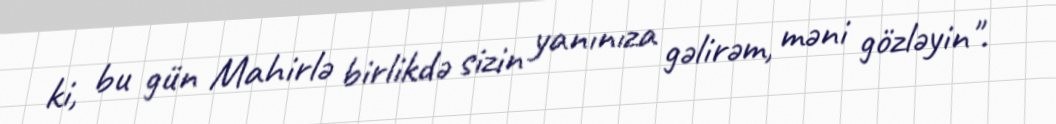
ki, bu gün Mahirlə birlikdə sizin yanınıza gəlirəm, məni gözləyin".